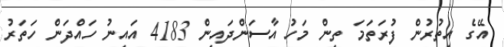
އޭގެ އިތުރުން ފުރަތަމަ ތިން މަހު އާސަންދައިން 4183 އައިނު ހައްދަން ހަތަރު